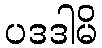
ပဒဒါမိ